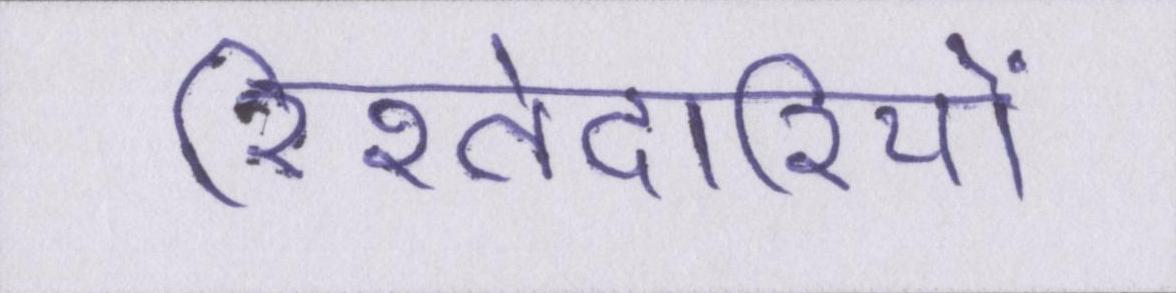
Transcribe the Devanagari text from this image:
रिश्तेदारियों